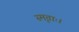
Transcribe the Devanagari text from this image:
स्मृताः।